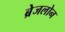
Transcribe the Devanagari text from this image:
ब्रेजलोन